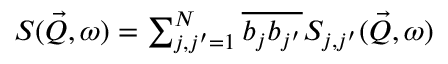
\begin{array} { r } { S ( \vec { Q } , \omega ) = \sum _ { j , j ^ { \prime } = 1 } ^ { N } { \overline { { b _ { j } b _ { j ^ { \prime } } } } } S _ { j , j ^ { \prime } } ( \vec { Q } , \omega ) } \end{array}